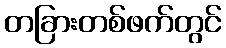
တခြားတစ်ဖက်တွင်